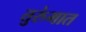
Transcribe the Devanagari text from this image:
तुरुंंगात